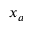
x _ { a }